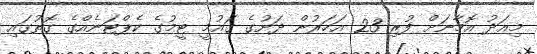
މިއަދު އޮމާނަށް ފުރި 23 އަހަރުން ދަށުގެ ގައުމީ ޓީމުގެ ކެޕްޓަނެއްގެ ގޮތުގައި